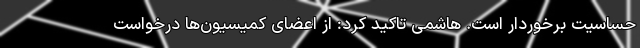
حساسیت برخوردار است. هاشمی تاکید کرد: از اعضای کمیسیون‌ها درخواست